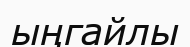
ыңгайлы